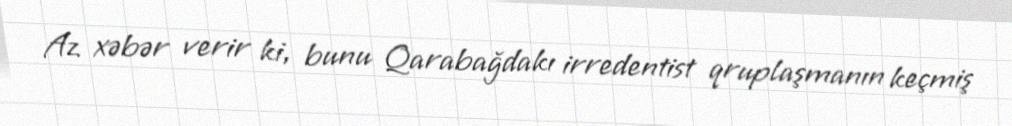
Az xəbər verir ki, bunu Qarabağdakı irredentist qruplaşmanın keçmiş